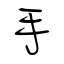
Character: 手